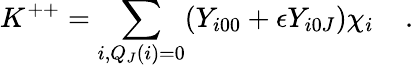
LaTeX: K^{++}=\sum_{i,Q_{J}(i)=0}({Y}_{i00}+\epsilon{Y}_{i0J}){{\chi}}_{i}\; \; \; \; .